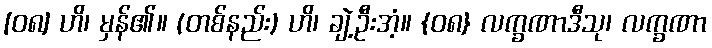
[၀၈] ဟိ၊ မှန်၏။ (တစ်နည်း) ဟိ၊ ချဲ့ဦးအံ့။ {၀၈} လက္ခဏာဒီသု၊ လက္ခဏာ